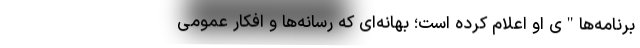
برنامه‌ها"ی او اعلام کرده است؛ بهانه‌ای که رسانه‌ها و افکار عمومی